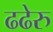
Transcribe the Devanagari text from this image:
ढढेरु